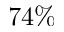
7 4 \%